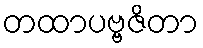
တထာပဗ္ဗဇိတာ